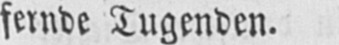
fernde Tugenden.